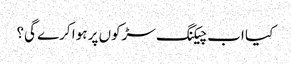
کیا اب چیکنگ سڑکوں پر ہوا کرے گی؟